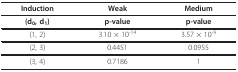
<table><thead><tr><td><b>Induction</b></td><td><b>Weak</b></td><td><b>Medium</b></td></tr></thead><tbody><tr><td><b>(d</b><sub><b>0</b></sub><b>, d</b><sub><b>1</b></sub><b>)</b></td><td><b>p-value</b></td><td><b>p-value</b></td></tr><tr><td>(1, 2)</td><td>3.10 × 10<sup>-14</sup></td><td>3.57 × 10<sup>-9</sup></td></tr><tr><td>(2, 3)</td><td>0.4451</td><td>0.0955</td></tr><tr><td>(3, 4)</td><td>0.7186</td><td>1</td></tr></tbody></table>